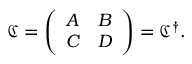
{ \mathfrak { C } } = { \left( \begin{array} { l l } { A } & { B } \\ { C } & { D } \end{array} \right) } = { \mathfrak { C } } ^ { \dagger } .